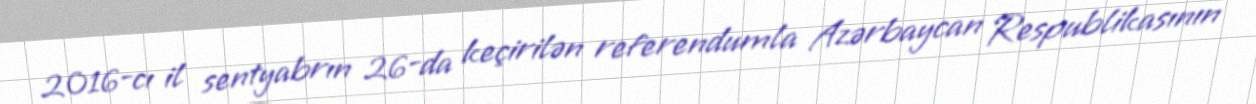
2016-cı il sentyabrın 26-da keçirilən referendumla Azərbaycan Respublikasının